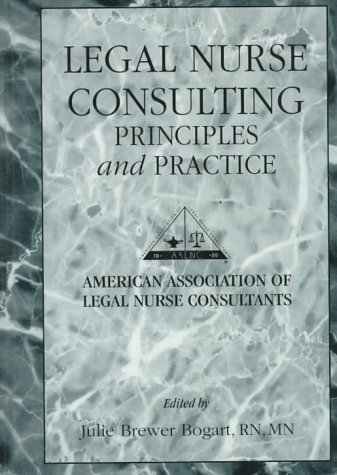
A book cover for Legal Nurse Consulting: Principles and Practice; i>American Association of Legal Nurse Consultants, Glenview, Illinois </i> Julie Bogart; Law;